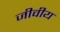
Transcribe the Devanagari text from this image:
जीवीय